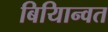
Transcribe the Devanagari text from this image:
बियािन्वत